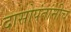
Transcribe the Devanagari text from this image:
दासोपंतांनीच